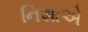
નિશાએ